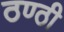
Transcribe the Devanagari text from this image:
ठण्ठी